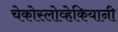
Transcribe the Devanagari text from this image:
चेकोस्लोव्हेकियानी